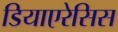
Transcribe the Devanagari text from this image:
डियाएरेसिस